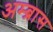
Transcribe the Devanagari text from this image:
अम्ब्रास